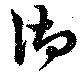
御